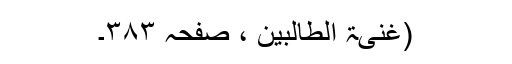
(غنیۃ الطالبین ، صفحہ ٣٨٣۔